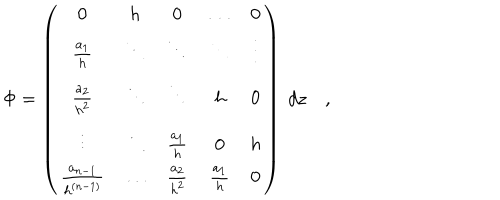
LaTeX: \Phi = \left( \begin{matrix} { { 0 } } & { { h } } & { { 0 } } & { { \ldots } } & { { 0 } } \\ { { { \frac { a _ { 1 } } { h } } } } & { { \ddots } } & { { \ddots } } & { { \ddots } } & { { \vdots } } \\ { { { \frac { a _ { 2 } } { h ^ { 2 } } } } } & { { \ddots } } & { { \ddots } } & { { h } } & { { 0 } } \\ { { \vdots } } & { { \ddots } } & { { { \frac { a _ { 1 } } { h } } } } & { { 0 } } & { { h } } \\ { { { \frac { a _ { n - 1 } } { h ^ { ( n - 1 ) } } } } } & { { \ldots } } & { { { \frac { a _ { 2 } } { h ^ { 2 } } } } } & { { { \frac { a _ { 1 } } { h } } } } & { { 0 } } \\ \end{matrix} \right) ~ d z \quad ,